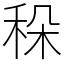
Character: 𥞛